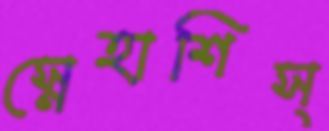
স্নেহাশিস্‌